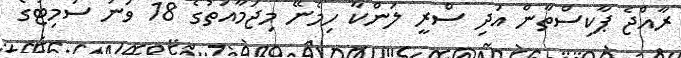
ރާއްޖެ ޕާކިސްތާން އަދި ސްރީ ލަންކާ ހިމެނޭ މިޖަމާއަތުގެ 18 ވަނަ ސަމިޓުގެ